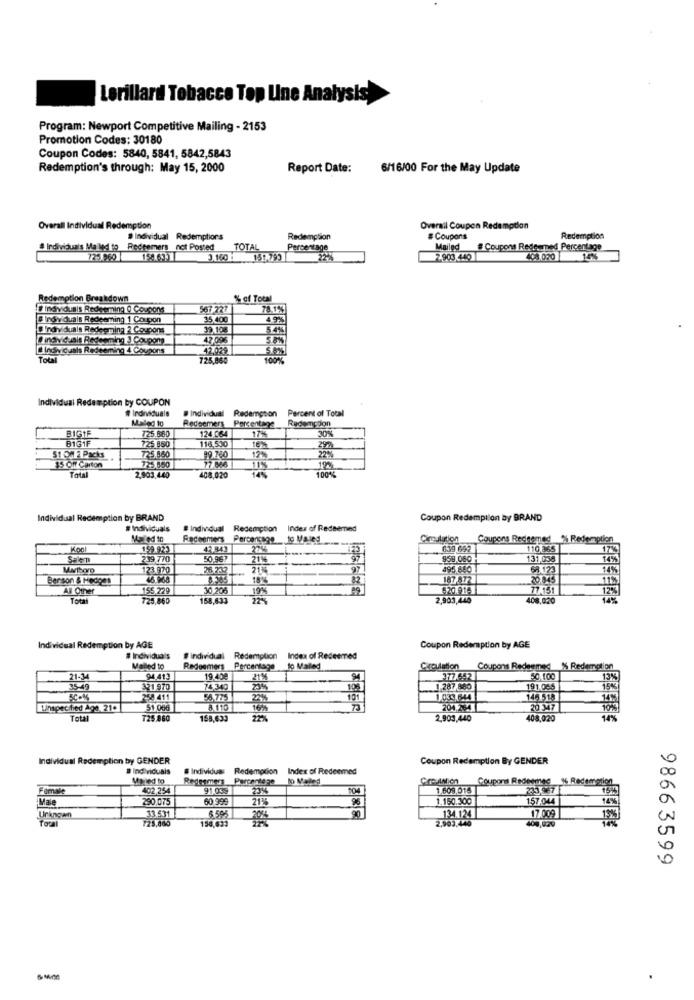
Lorillard Tobacco Top Line Analysis
Program: Newport Competitive Mailing - 2153
Promotion Codes: 30180
Coupon Codes: 5840, 5841, 5842,5843
Redemption's through: May 15, 2000
Report Date:
6/16/00 For the May Update
Overall Individual Redemption
Overall Coupon Redemption
Individual Redemptions
Redemption
# Coupons
Redemption
# Individuals Mailed to Redeemers not Posted
TOTAL
Percentage
Mailed
# Coupons Rede med Percentage
151.795
2.903.440
408.020
15%
Redemption Breakdown
% of Total
DInaviotais Redeeming @ Coupons
567.771
# Individuals Redeeming 1 Coupon
35,400
WIndividuals Redegni
Redeeming 2 Coupons
39.108
# individuais Redeeming 3 Coupons
47,09€
L Individuais Redeeming 4 Coupons
42.029
Total
725,060
Individual Redemption by COUPON
# Individuals
@ Individual Redemption Percent of Total
Maled to
Redeemers Percentage
Redemption
BIGTE
725.880
124.064
17%
309
725 850
116,530
B1G1F
10%
292
51 Og 2 Packs
725 850
725.8.50
99.760
12%
22%
15 Off Carton
Total
100%
2,903,440
408,020
Individual Redemption by BRAND
Coupon Redemption by BRAND
# Individuals
#Individual Redemption Index of Redeemed
Mailed to
Rachenters
Percentage to Males
Coupons Rednemed % Redemption
Kool
159.923
42,343
639 692
110,265
Salem
239 770
50,967
21%
959,060
131,058
Mitboro
123.970
26 232
213%
97
495 880
61.123
Benson & Hedges
8.383
18%6
32
187.872
201045
All Other
155,229
30.206
69
620.914
Total
725,860
168,633
2,903,440
408.020
Individual Redemption by AGE
Coupon Redemption by AGE
# Individua's
# individual Redemption
# individual
Index of Redeemed
Mailed to
Redeemers Percentage
to Maled
Circulation
Coupons Redeemed
% Redemption
21-34
94.413
19.400
212
377.652
50,100
35-49
321 970
74,349
.1.287,880
191.065
15%
258 411
54.775
224%
1,039.644
14051.
Unspecified Age 21.
51 066
16%
204.734
20 347
Total
725.860
158,633
2,903,440
408,020
14%
Individual Redemption by GENDER
Coupon Redemption By GENDER
# Individuais
#Individus: Redemption
Index of Redeemed
Mailed to
Redesmer Percentage
Bo Mailed
Female
402,254
91.039
23%
1.609,015
Coupons Redeemed & Redemption
233.567 F
Male
290.075
60.999
211
1.150.300
33.531
6.595
157 044
Unknown
Total
725,860
156,633
134 124
17.009
98663599